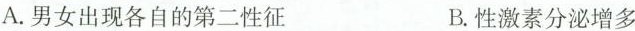
A. 男女出现各自的第二性征 B. 性激素分泌增多